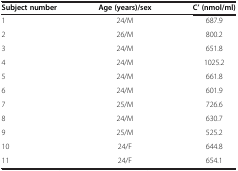
| Subject number | Age (years)/sex | C’ (nmol/ml) |
 | --- | --- | --- |
 | 1 | 24/M | 687.9 |
 | 2 | 26/M | 800.2 |
 | 3 | 24/M | 651.8 |
 | 4 | 24/M | 1025.2 |
 | 5 | 24/M | 661.8 |
 | 6 | 24/M | 601.9 |
 | 7 | 25/M | 726.6 |
 | 8 | 24/M | 630.7 |
 | 9 | 25/M | 525.2 |
 | 10 | 24/F | 644.8 |
 | 11 | 24/F | 654.1 |